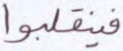
فينقلبوا